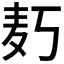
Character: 𱋄